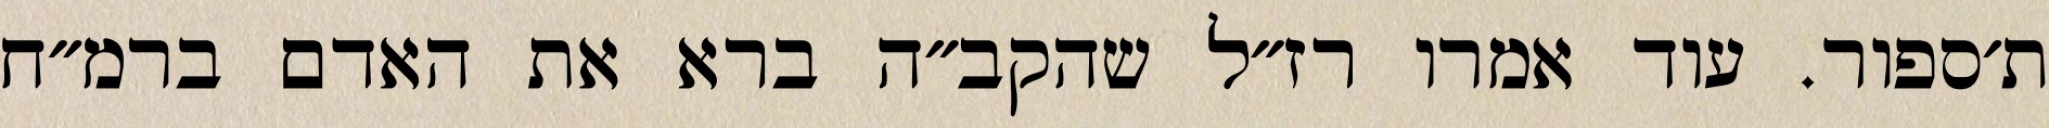
ת׳ספור. עוד אמרו רז״ל שהקב״ה ברא את האדם ברמ״ח